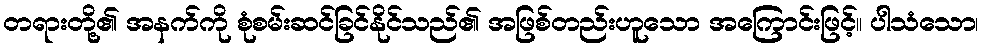
တရားတို့၏ အနက်ကို စုံစမ်းဆင်ခြင်နိုင်သည်၏ အဖြစ်တည်းဟူသော အကြောင်းဖြင့်။ ပါသံသော၊